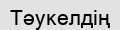
Тәукелдің